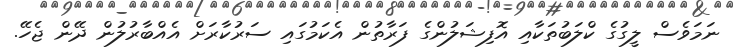
ނަމަވެސް ލީގުގެ ކްލަބުތަކާއި އޮފިޝަލުންގެ ފަރާތުން އެކަމުގައި ސަރުކާރަށް އެއްބާރުލުން ދޭން ޖެހޭ.